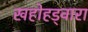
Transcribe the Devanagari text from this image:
खहोहड्वारा